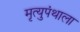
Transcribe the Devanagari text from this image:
मृत्युपंथाला